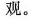
观。